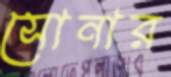
সোনার